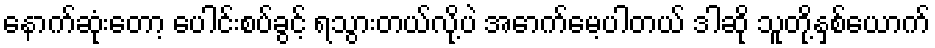
နောက်ဆုံးတော့ ပေါင်းစပ်ခွင့် ရသွားတယ်လို့ပဲ အောက်မေ့ပါတယ် ဒါဆို သူတို့နှစ်ယောက်